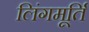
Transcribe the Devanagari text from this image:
लिंगमूर्ति